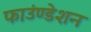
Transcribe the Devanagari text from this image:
फाउंण्डेशन